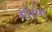
નોરોન